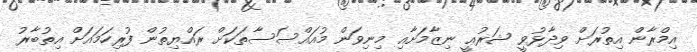
އިމްރާން އިތުރަށް ވިދާޅުވީ ޝަރުޢީ ނިޒާމަށާއި މިނިވަން މުއައްސަސާތަކަށް ރައްޔިތުން ފުރިހަމައަށް އިތުބާރު